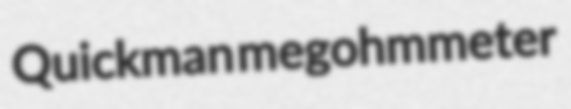
Quickman megohmmeter